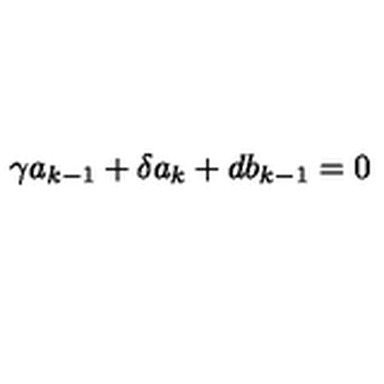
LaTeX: \gamma a _ { k - 1 } + \delta a _ { k } + d b _ { k - 1 } = 0